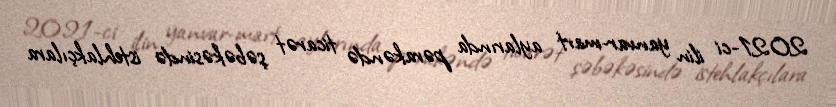
2021-ci ilin yanvar-mart aylarında pərakəndə ticarət şəbəkəsində istehlakçılara